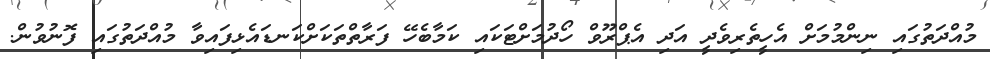
މުއްދަތުގައި ނިންމުމަށް އެހީތެރިވެދީ އަދި އެޕްރޫވް ހޯދުމަށްޓަކައި ކަމާބެހޭ ފަރާތްތަކަށްކަނޑައެޅިފައިވާ މުއްދަތުގައި ފޮނުވުން.